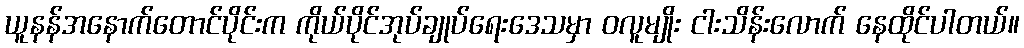
ယူနန်အနောက်တောင်ပိုင်းက ကိုယ်ပိုင်အုပ်ချုပ်ရေးဒေသမှာ ဝလူမျိုး ငါးသိန်းလောက် နေထိုင်ပါတယ်။